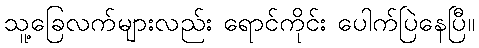
သူ့ခြေလက်များလည်း ရောင်ကိုင်း ပေါက်ပြဲနေပြီ။